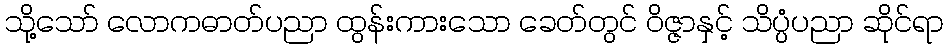
သို့သော် လောကဓာတ်ပညာ ထွန်းကားသော ခေတ်တွင် ဝိဇ္ဇာနှင့် သိပ္ပံပညာ ဆိုင်ရာ